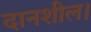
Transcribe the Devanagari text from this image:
दानशील।